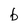
Character: b